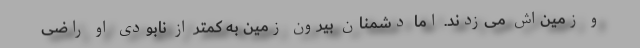
و زمین‌اش می‌زدند. اما دشمنان بیرون زمین به کمتر از نابودی او راضی